Annual report of the Punjab Veterinary College and of the Civil Veterinary Department, Punjab - 1920-1925
Year: 1920
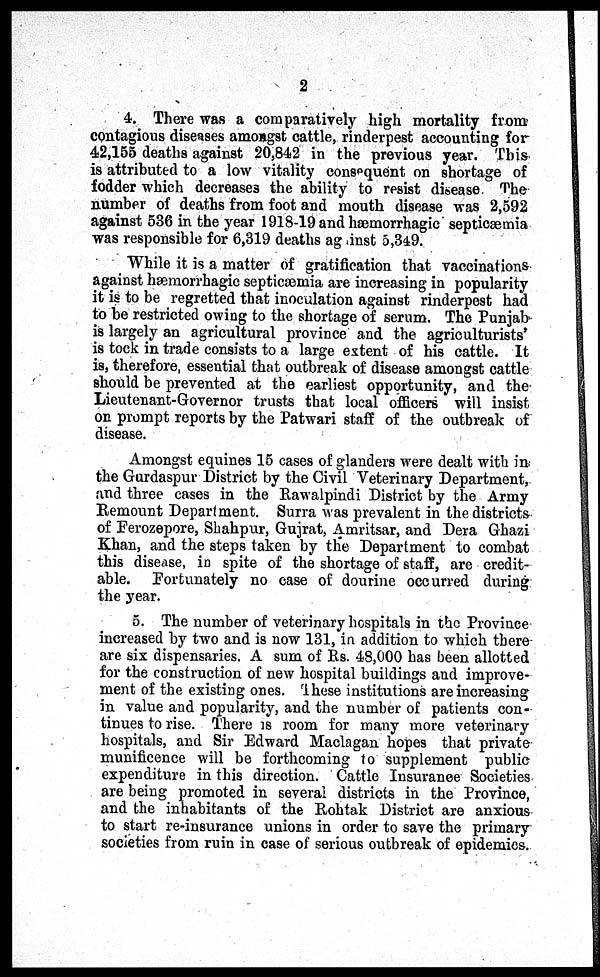
2
4. There was a comparatively high mortality from
contagious diseases amongst cattle, rinderpest accounting for
42,155 deaths against 20,842 in the previous year. This
is attributed to a low vitality consequent on shortage of
fodder which decreases the ability to resist disease. The
number of deaths from foot and mouth disease was 2,592
against 536 in the year 1918-19 and hæmorrhagic septicæmia
was responsible for 6,319 deaths against 5,349.
While it is a matter of gratification that vaccinations
against hæmorrhagic septicæmia are increasing in popularity
it is to be regretted that inoculation against rinderpest had
to be restricted owing to the shortage of serum. The Punjab
is largely an agricultural province and the agriculturists'
is took in trade consists to a large extent of his cattle. It
is, therefore, essential that outbreak of disease amongst cattle
should be prevented at the earliest opportunity, and the
Lieutenant-Governor trusts that local officers will insist
on prompt reports by the Patwari staff of the outbreak of
disease.
Amongst equines 15 cases of glanders were dealt with in
the Gurdaspur District by the Civil Veterinary Department,
and three cases in the Rawalpindi District by the Army
Remount Department. Surra was prevalent in the districts
of Ferozepore, Shahpur, Gujrat, Amritsar, and Dera Ghazi
Khan, and the steps taken by the Department to combat
this disease, in spite of the shortage of staff, are credit-
able. Fortunately no case of dourine occurred during
the year.
5. The number of veterinary hospitals in the Province
increased by two and is now 131, in addition to which there
are six dispensaries. A sum of Rs. 48,000 has been allotted
for the construction of new hospital buildings and improve-
ment of the existing ones. These institutions are increasing
in value and popularity, and the number of patients con-
tinues to rise. There is room for many more veterinary
hospitals, and Sir Edward Maclagan hopes that private-
munificence will be forthcoming to supplement public
expenditure in this direction. Cattle Insurance Societies
are being promoted in several districts in the Province,
and the inhabitants of the Rohtak District are anxious
to start re-insurance unions in order to save the primary
societies from ruin in case of serious outbreak of epidemics.